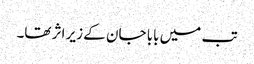
تب میں بابا جان کے زیر اثر تھا۔